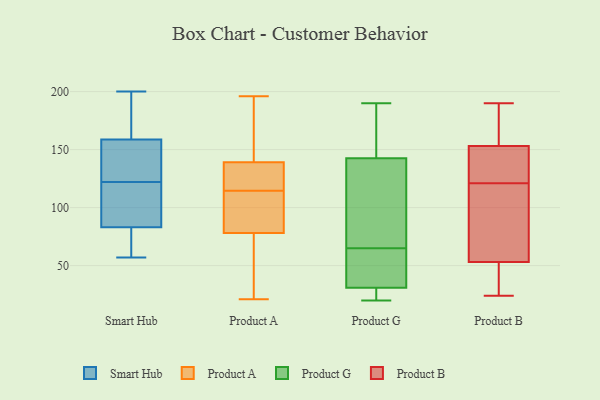
{"axis": {"x": "Net Income (USD K)", "y": "Value"}, "legend": ["Product A", "Product B", "Product G", "Smart Hub"], "data": [{"x": "", "y": 161, "type": "Smart Hub"}, {"x": "", "y": 90, "type": "Smart Hub"}, {"x": "", "y": 80, "type": "Smart Hub"}, {"x": "", "y": 142, "type": "Smart Hub"}, {"x": "", "y": 57, "type": "Smart Hub"}, {"x": "", "y": 158, "type": "Smart Hub"}, {"x": "", "y": 200, "type": "Smart Hub"}, {"x": "", "y": 83, "type": "Smart Hub"}, {"x": "", "y": 83, "type": "Smart Hub"}, {"x": "", "y": 122, "type": "Smart Hub"}, {"x": "", "y": 187, "type": "Smart Hub"}, {"x": "", "y": 143, "type": "Smart Hub"}, {"x": "", "y": 63, "type": "Smart Hub"}, {"x": "", "y": 113, "type": "Smart Hub"}, {"x": "", "y": 83, "type": "Smart Hub"}, {"x": "", "y": 177, "type": "Smart Hub"}, {"x": "", "y": 122, "type": "Smart Hub"}, {"x": "", "y": 130, "type": "Product A"}, {"x": "", "y": 133, "type": "Product A"}, {"x": "", "y": 87, "type": "Product A"}, {"x": "", "y": 93, "type": "Product A"}, {"x": "", "y": 108, "type": "Product A"}, {"x": "", "y": 159, "type": "Product A"}, {"x": "", "y": 145, "type": "Product A"}, {"x": "", "y": 69, "type": "Product A"}, {"x": "", "y": 121, "type": "Product A"}, {"x": "", "y": 21, "type": "Product A"}, {"x": "", "y": 128, "type": "Product A"}, {"x": "", "y": 196, "type": "Product A"}, {"x": "", "y": 51, "type": "Product A"}, {"x": "", "y": 31, "type": "Product A"}, {"x": "", "y": 175, "type": "Product A"}, {"x": "", "y": 96, "type": "Product A"}, {"x": "", "y": 34, "type": "Product G"}, {"x": "", "y": 144, "type": "Product G"}, {"x": "", "y": 65, "type": "Product G"}, {"x": "", "y": 155, "type": "Product G"}, {"x": "", "y": 25, "type": "Product G"}, {"x": "", "y": 20, "type": "Product G"}, {"x": "", "y": 72, "type": "Product G"}, {"x": "", "y": 138, "type": "Product G"}, {"x": "", "y": 30, "type": "Product G"}, {"x": "", "y": 65, "type": "Product G"}, {"x": "", "y": 119, "type": "Product G"}, {"x": "", "y": 29, "type": "Product G"}, {"x": "", "y": 57, "type": "Product G"}, {"x": "", "y": 190, "type": "Product G"}, {"x": "", "y": 162, "type": "Product G"}, {"x": "", "y": 24, "type": "Product B"}, {"x": "", "y": 53, "type": "Product B"}, {"x": "", "y": 153, "type": "Product B"}, {"x": "", "y": 142, "type": "Product B"}, {"x": "", "y": 105, "type": "Product B"}, {"x": "", "y": 183, "type": "Product B"}, {"x": "", "y": 46, "type": "Product B"}, {"x": "", "y": 44, "type": "Product B"}, {"x": "", "y": 190, "type": "Product B"}, {"x": "", "y": 104, "type": "Product B"}, {"x": "", "y": 117, "type": "Product B"}, {"x": "", "y": 133, "type": "Product B"}, {"x": "", "y": 125, "type": "Product B"}, {"x": "", "y": 181, "type": "Product B"}]}